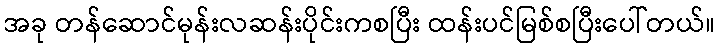
အခု တန်ဆောင်မုန်းလဆန်းပိုင်းကစပြီး ထန်းပင်မြစ်စပြီးပေါ်တယ်။